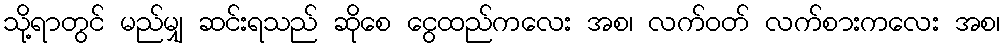
သို့ရာတွင် မည်မျှ ဆင်းရသည် ဆိုစေ ငွေထည်ကလေး အစ၊ လက်ဝတ် လက်စားကလေး အစ၊